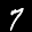
Label: 7